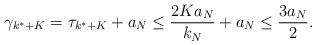
LaTeX: \begin{align*}\gamma_{k^* + K} = \tau_{k^* + K} + a_N \leq \frac{2Ka_N}{k_N} + a_N \leq \frac{3a_N}{2}.\end{align*}